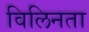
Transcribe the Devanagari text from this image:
विलिनता